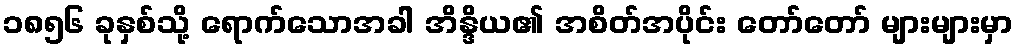
၁၈၅၆ ခုနှစ်သို့ ရောက်သောအခါ အိန္ဒိယ၏ အစိတ်အပိုင်း တော်တော် များများမှာ